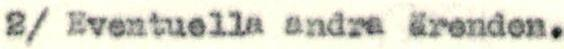
2/ Eventuella andra ärenden.